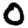
Digit: 0